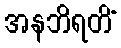
အနဘိရတိံ